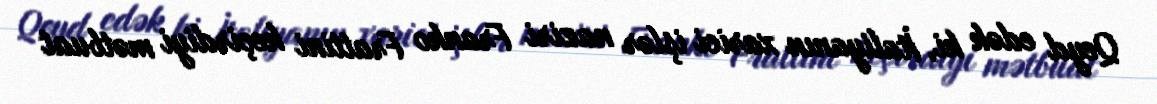
Qeyd edək ki, İtaliyanın xarici işlər naziri Franko Frattini keçirdiyi mətbuat